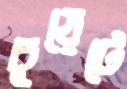
চুয়েটে